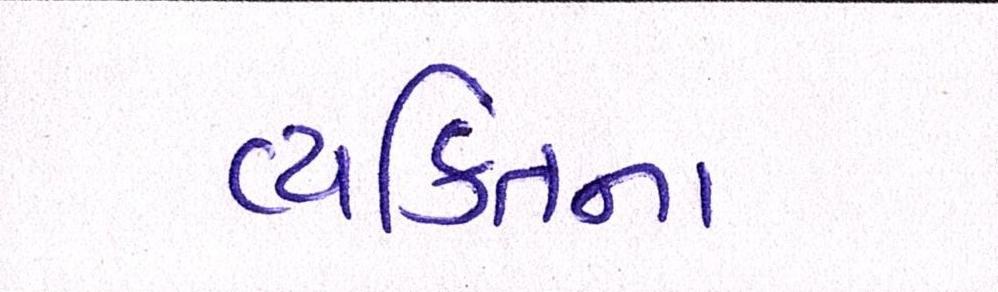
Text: વ્યક્તિના